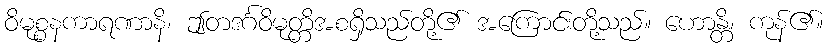
ဝိမုစ္စနကာရဏာနိ၊ ဤတဒင်္ဂဝိမုတ္တိအစရှိသည်တို့၏ အကြောင်းတို့သည်။ ဟောန္တိ၊ ကုန်၏။